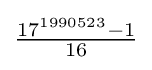
{\tfrac {17^{1990523}-1}{16}}